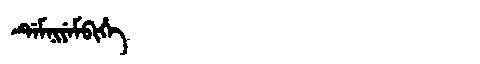
Manchu: ᡩᡝᠮᠨᡳᠶᡝᠮᠪᡳᡥᡝ
Romanization: DEMNIYEMBIHE